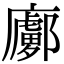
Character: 𢋽